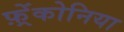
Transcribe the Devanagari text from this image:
फ़्रेंकोनिया